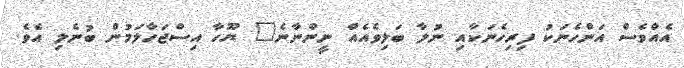
އެއްވެސް އަންހެނަކު ފިރިހެނަކާއި ނުލާ ބަލިވެއެއް ނީންނާނެ" ޔޫހާ އިސްޖަހާލަމުން ބުނެލި އެވެ.